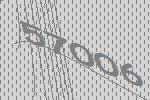
57006